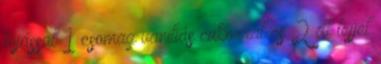
tojással 1 csomag vaniliás cukorral és 2 dl tejjel